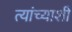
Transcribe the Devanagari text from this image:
त्यांच्याशीं